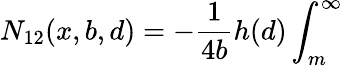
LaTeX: N_{12}(x,b,d)=-\frac{1}{4b}h(d)\int_{m}^{\infty}